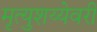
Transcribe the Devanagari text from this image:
मृत्युशय्येवरी